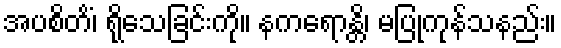
အပစိတိံ၊ ရိုသေခြင်းကို။ နကရောန္တိ၊ မပြုကုန်သနည်း။